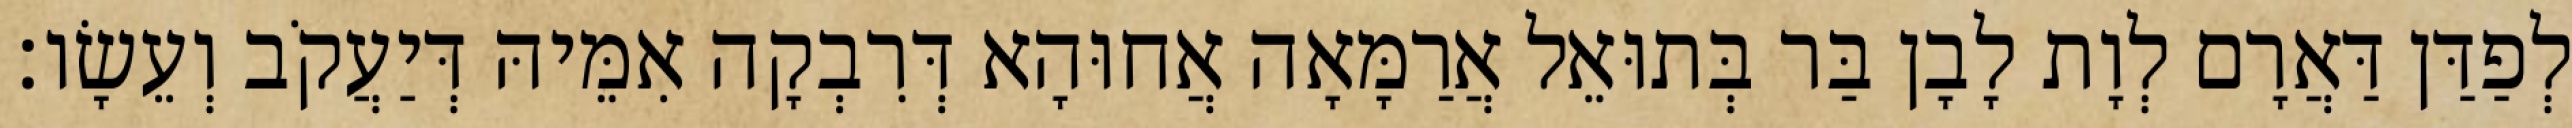
לְפַדַּן דַּאֲרָם לְוָת לָבָן בַּר בְּתוּאֵל אֲרַמָּאָה אֲחוּהָא דְּרִבְקָה אִמֵּיהּ דְּיַעֲקֹב וְעֵשָׂו׃